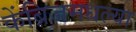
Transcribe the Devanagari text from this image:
केंब्रिजमधल्या